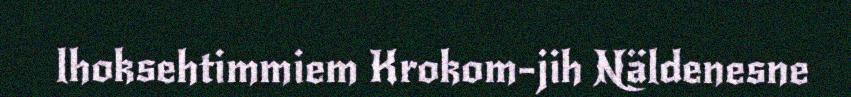
lhoksehtimmiem Krokom-jih Näldenesne